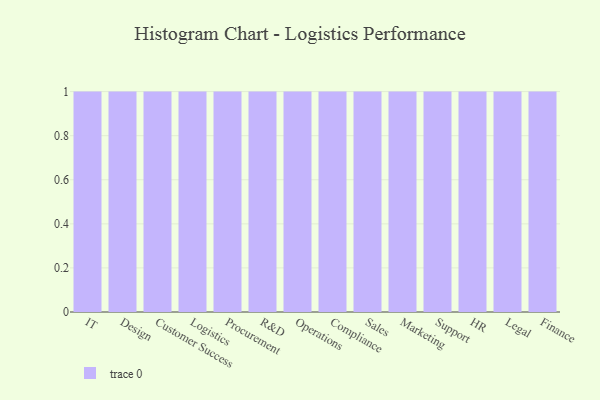
{"axis": {"x": "Department", "y": "Page Views"}, "legend": [""], "data": [{"x": "IT", "y": 69, "type": ""}, {"x": "Design", "y": 2, "type": ""}, {"x": "Customer Success", "y": 1, "type": ""}, {"x": "Logistics", "y": 53, "type": ""}, {"x": "Procurement", "y": 29, "type": ""}, {"x": "R&D", "y": 92, "type": ""}, {"x": "Operations", "y": 5, "type": ""}, {"x": "Compliance", "y": 24, "type": ""}, {"x": "Sales", "y": 88, "type": ""}, {"x": "Marketing", "y": 12, "type": ""}, {"x": "Support", "y": 94, "type": ""}, {"x": "HR", "y": 13, "type": ""}, {"x": "Legal", "y": 50, "type": ""}, {"x": "Finance", "y": 100, "type": ""}]}